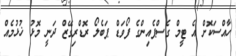
ހާއްސަކޮށް އެ ޓީމް ގެސްޕެއިންގެ ފޯވަޑް ޕަބެލޯ ރޮޑްރިގޭޒް ދަނީ މޮޅު ޚުޅުމެއް